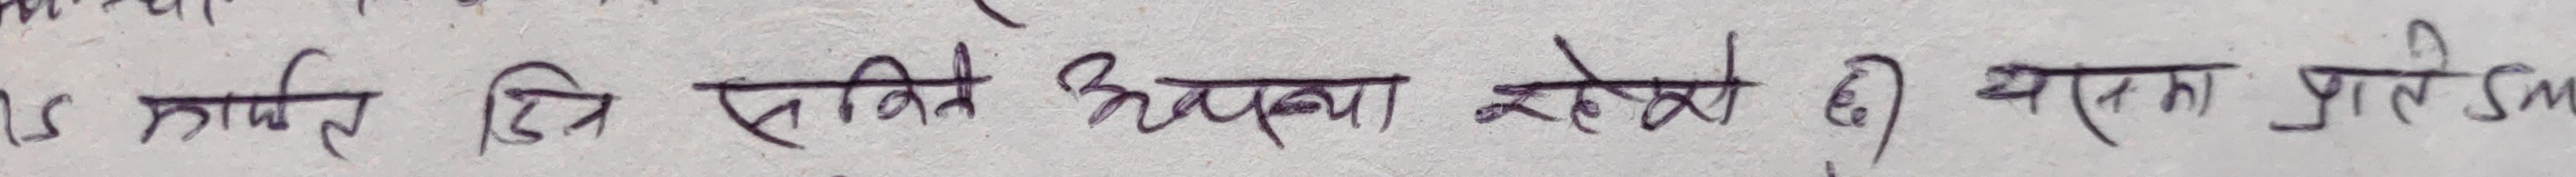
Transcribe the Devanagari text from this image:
S कातिल टिन सतिले अपना रहेको छ। यसका प्रति Sm